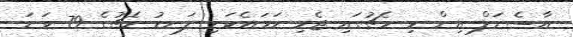
އާސެނަލް އިން މި މެޗުގައި ޖެހި ހަމައެކަނި ލަނޑު މެޗުގެ 79 ވަނަ